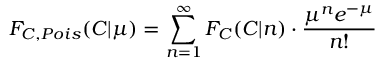
F _ { C , P o i s } ( C | \mu ) = \sum _ { n = 1 } ^ { \infty } F _ { C } ( C | n ) \cdot \frac { \mu ^ { n } e ^ { - \mu } } { n ! }